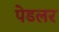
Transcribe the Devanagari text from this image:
पेडलर